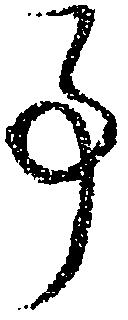
事